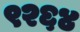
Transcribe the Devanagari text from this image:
९२६४